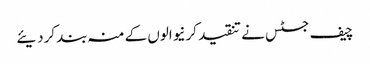
چیف جسٹس نے تنقید کرنیوالوں کے منہ بند کردیئے